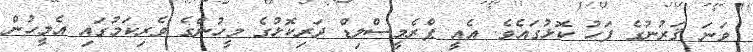
ވަނަ ޤަރުނުގެ ފަހު ކޮޅުގައެވެ. އެއީ ޕްރެމީސްލިޑް ދަރިކޮޅުގެ މީހުންގެ ވެރިކަމުގައި އެމީހުން